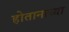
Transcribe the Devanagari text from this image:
होतानाच्या